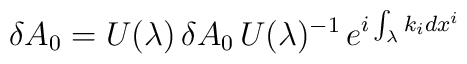
\delta A_0 = U(\lambda) \, \delta A_0 \, U(\lambda)^{-1} \, e^{i \int_\lambda k_i dx^i}